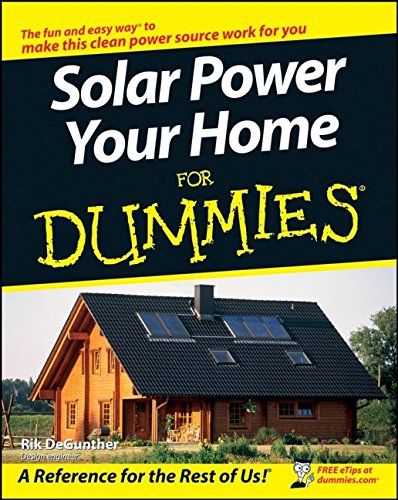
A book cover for Solar Power Your Home For Dummies; Rik DeGunther; Crafts, Hobbies & Home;